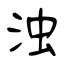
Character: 浊